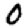
Digit: 0